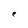
Character: e